Vaccination in the Punjab 1919-1929 - 1919-1929
Year: 1919
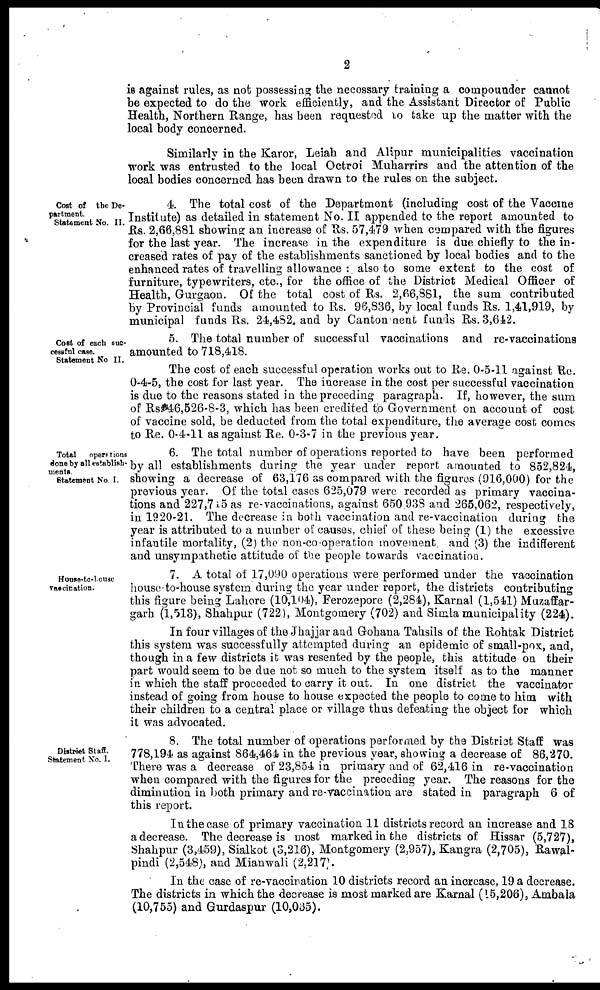
2
is against rules, as not possessing the necessary training a compounder cannot
be expected to do the work efficiently, and the Assistant Director of Public
Health, Northern Range, has been requested to take up the matter with the
local body concerned.
Similarly in the Karor, Leiah and Alipur municipalities vaccination
work was entrusted to the local Octroi Muharrirs and the attention of the
local bodies concerned has been drawn to the rules on the subject.
Cost of the De¬
partment.
Statement No. II.
4. The total cost of the Department (including cost of the Vaccine
Institute) as detailed in statement No. II appended to the report amounted to
Rs. 2,66,881 showing an increase of Rs. 57,479 when compared with the figures
for the last year. The increase in the expenditure is due chiefly to the in-
creased rates of pay of the establishments sanctioned by local bodies and to the
enhanced rates of travelling allowance : also to some extent to the cost of
furniture, typewriters, etc., for the office of the District Medical Officer of
Health, Gurgaon. Of the total cost of Rs. 2,66,881, the sum contributed
by Provincial funds amounted to Rs. 96,836, by local funds Rs. 1,41,919, by
municipal funds Rs. 24,482, and by Cantonment funds Rs. 3,642.
Cost of each suc¬
cessful case.
Statement No II.
5. The total number of successful vaccinations and re-vaccinations
amounted to 718,418.
The cost of each successful operation works out to Re. 0-5-11 against Re.
0-4-5, the cost for last year. The increase in the cost per successful vaccination
is due to the reasons stated in the preceding paragraph. If, however, the sum
of Rs. 46,526-8-3, which has been credited to Government on account of cost
of vaccine sold, be deducted from the total expenditure, the average cost comes
to Re. 0-4-11 as against Re. 0-3-7 in the previous year.
Total
operations
done by all establish¬
ments.
Statement No I.
6. The total number of operations reported to have been performed
by all establishments during the year under report amounted to 852,824,
showing a decrease of 63,176 as compared with the figures (916,000) for the
previous year. Of the total cases 625,079 were recorded as primary vaccina-
tions and 227,715 as re-vaccinations, against 650 938 and 265,062, respectively,
in 1920-21. The decrease in both vaccination and re-vaccination during the
year is attributed to a number of causes, chief of these being (1) the excessive
infantile mortality, (2) the non-co operation movement, and (3) the indifferent
and unsympathetic attitude of the people towards vaccination.
House-to-house
vaccination.
7. A total of 17,090 operations were performed under the vaccination
house-to-house system during the year under report, the districts contributing
this figure being Lahore (10,104), Ferozepore (2,284), Karnal (1,541) Muzaffar¬
garh (1,513), Shahpur (722), Montgomery (702) and Simla municipality (224).
In four villages of the Jhajjar and Gohana Tahsils of the Rohtak District
this system was successfully attempted during an epidemic of small-pox, and,
though in a few districts it was resented by the people, this attitude on their
part would seem to be due not so much to the system itself as to the manner
in which the staff proceeded to carry it out. In one district the vaccinator
instead of going from house to house expected the people to come to him with
their children to a central place or village thus defeating the object for which
it was advocated.
District Staff.
Statement No. I.
8. The total number of operations performed by the District Staff was
778,194 as against 864,464 in the previous year, showing a decrease of 86,270.
There was a decrease of 23,854 in primary and of 62,416 in re-vaccination
when compared with the figures for the preceding year. The reasons for the
diminution in both primary and re-vaccination are stated in paragraph 6 of
this report.
In the case of primary vaccination 11 districts record an increase and 18
a decrease. The decrease is most marked in the districts of Hissar (5,727),
Shahpur (3,459), Sialkot (3,216), Montgomery (2,957), Kangra (2,705), Rawal-
pindi (2,548), and Mianwali (2,217).
In the case of re-vaccination 10 districts record an increase, 19 a decrease.
The districts in which the decrease is most marked are Karnal (15,206), Ambala
(10,755) and Gurdaspur (10,035).